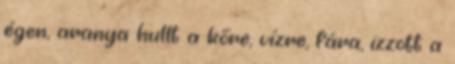
égen, aranya hullt a kőre, vízre, fára, izzott a